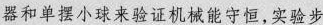
器和单摆小球来验证机械能守恒，实验步